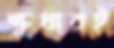
ক্ষুধারই